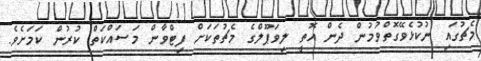
މެޗުގައި ނުކުޅެވޭގޮތްވުމުން ދެން އޮތީ ލިވަޕޫލްގެ މެޗުތަކަށް ފިޓްވާން މަސައްކަތް ކުރުން ކަމަށެވެ.